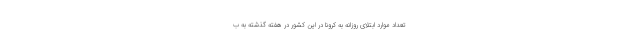
تعداد موارد ابتلای روزانه به کرونا در این کشور در هفته گذشته به ب